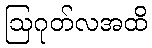
ဩဂုတ်လအထိ